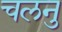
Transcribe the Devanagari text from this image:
चलनु